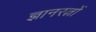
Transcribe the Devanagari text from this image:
ज्ञानरत्नों